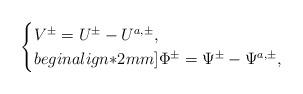
LaTeX: \begin{align*}\begin{cases}V^\pm=U^\pm-U^{a,\pm}, \\begin{align*}2mm]\Phi^\pm=\Psi^\pm-\Psi^{a,\pm},\end{cases}\end{align*}